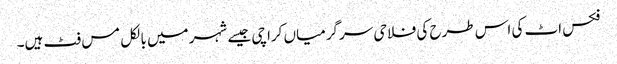
فکس اٹ کی اس طرح کی فلاحی سرگرمیاں کراچی جیسے شہر میں بالکل مس فٹ ہیں۔